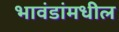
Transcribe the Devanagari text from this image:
भावंडांमधील